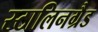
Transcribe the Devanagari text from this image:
स्टालिनग्रैड